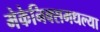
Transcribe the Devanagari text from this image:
मेकेनिक्समधल्या